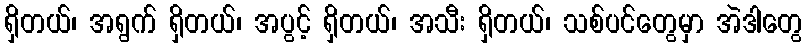
ရှိတယ်၊ အရွက် ရှိတယ်၊ အပွင့် ရှိတယ်၊ အသီး ရှိတယ်၊ သစ်ပင်တွေမှာ အဲဒါတွေ